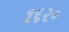
૧૬૨૦